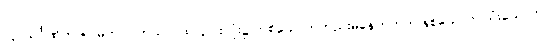
(၄) သင်္ဂဏိကာရာမတာ - ဣယာပုထ် ၄-ပါးလုံး၌ တစ်ယောက်တည်းမနေတတ်ဘဲ နှစ်ယောက် သုံးယောက်